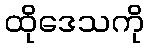
ထိုဒေသကို